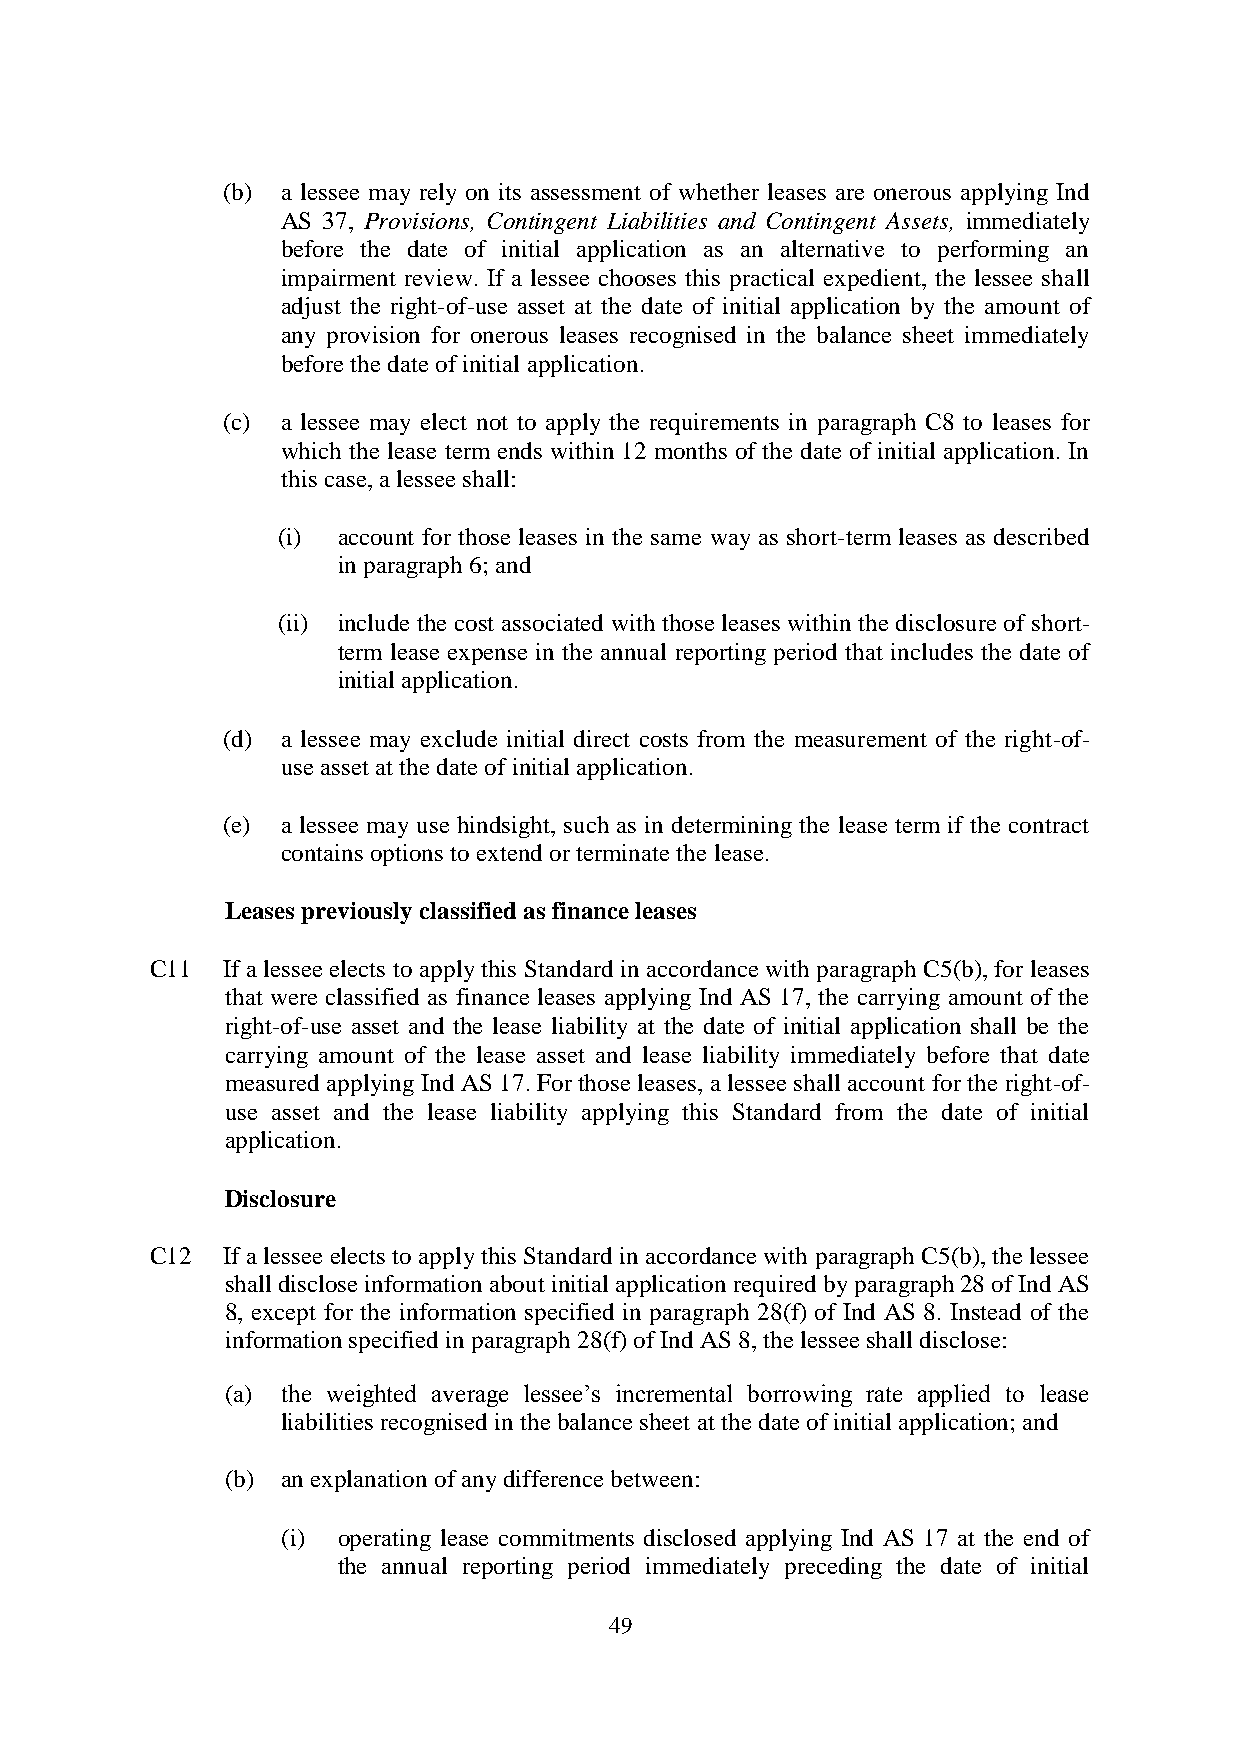
(b) a lessee may rely on its assessment of whether leases are onerous applying Ind
 AS 37, Provisions, Contingent Liabilities and Contingent Assets, immediately
 before the date of initial application as an alternative to performing an
 impairment review. If a lessee chooses this practical expedient, the lessee shall
 adjust the right-of-use asset at the date of initial application by the amount of
 any provision for onerous leases recognised in the balance sheet immediately
 before the date of initial application.
 (c) a lessee may elect not to apply the requirements in paragraph C8 to leases for
 which the lease term ends within 12 months of the date of initial application. In
 this case, a lessee shall:
 (i) account for those leases in the same way as short-term leases as described
 in paragraph 6; and
 (ii) include the cost associated with those leases within the disclosure of short-
 term lease expense in the annual reporting period that includes the date of
 initial application.
 (d) a lessee may exclude initial direct costs from the measurement of the right-of-
 use asset at the date of initial application.
 (e) a lessee may use hindsight, such as in determining the lease term if the contract
 contains options to extend or terminate the lease.
 Leases previously classified as finance leases
 C11  If a lessee elects to apply this Standard in accordance with paragraph C5(b), for leases
 that were classified as finance leases applying Ind AS 17, the carrying amount of the
 right-of-use asset and the lease liability at the date of initial application shall be the
 carrying amount of the lease asset and lease liability immediately before that date
 measured applying Ind AS 17. For those leases, a lessee shall account for the right-of-
 use asset and the lease liability applying this Standard from the date of initial
 application.
 Disclosure
 C12  If a lessee elects to apply this Standard in accordance with paragraph C5(b), the lessee
 shall disclose information about initial application required by paragraph 28 of Ind AS
 8, except for the information specified in paragraph 28(f) of Ind AS 8. Instead of the
 information specified in paragraph 28(f) of Ind AS 8, the lessee shall disclose:
 (a) the weighted average lessee’s incremental borrowing rate applied to lease
 liabilities recognised in the balance sheet at the date of initial application; and
 (b) an explanation of any difference between:
 (i) operating lease commitments disclosed applying Ind AS 17 at the end of
 the annual reporting period immediately preceding the date of initial
 49